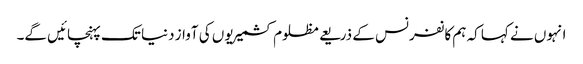
انہوں نے کہا کہ ہم کانفرنس کے ذریعے مظلوم کشمیریوں کی آواز دنیا تک پہنچائیں گے۔